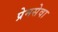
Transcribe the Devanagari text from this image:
प्रेमसेवा